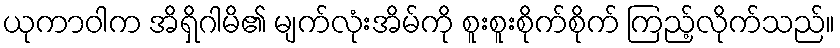
ယုကာဝါက အိရှိဂါမိ၏ မျက်လုံးအိမ်ကို စူးစူးစိုက်စိုက် ကြည့်လိုက်သည်။